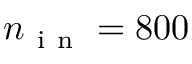
n _ { \mathrm { ~ i ~ n ~ } } = 8 0 0